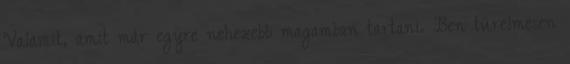
Valamit, amit már egyre nehezebb magamban tartani. Ben türelmesen